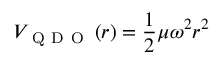
V _ { \mathrm { ~ Q ~ D ~ O ~ } } \left( r \right) = \frac { 1 } { 2 } \mu \omega ^ { 2 } r ^ { 2 }